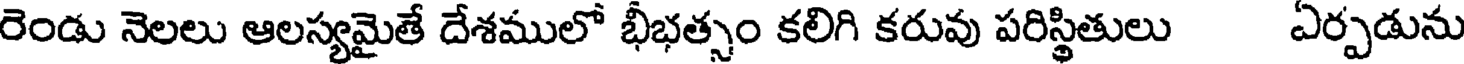
రెండు నెలలు ఆలస్యమైతే దేశములో భీభత్సం కలిగి కరువు పరిస్థితులు ఏర్పడును